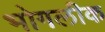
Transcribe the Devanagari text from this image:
भोगलीक